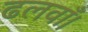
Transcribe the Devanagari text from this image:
ढलवाँ।